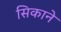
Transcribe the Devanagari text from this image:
सिकाने